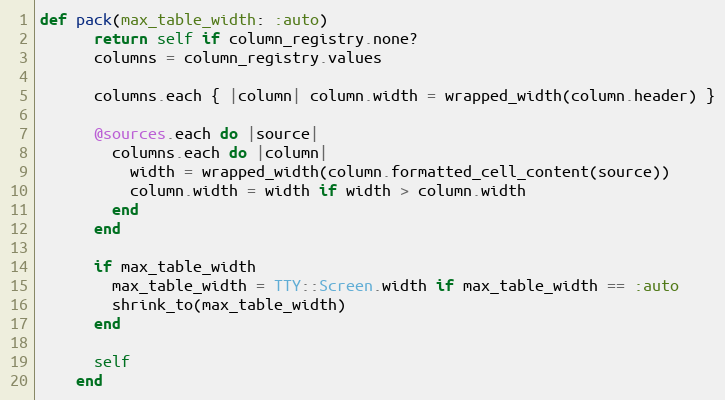
Language: Ruby
def pack(max_table_width: :auto)
      return self if column_registry.none?
      columns = column_registry.values

      columns.each { |column| column.width = wrapped_width(column.header) }

      @sources.each do |source|
        columns.each do |column|
          width = wrapped_width(column.formatted_cell_content(source))
          column.width = width if width > column.width
        end
      end

      if max_table_width
        max_table_width = TTY::Screen.width if max_table_width == :auto
        shrink_to(max_table_width)
      end

      self
    end